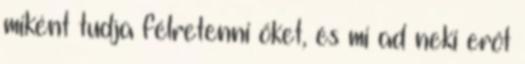
miként tudja félretenni őket, és mi ad neki erőt